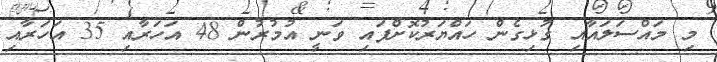
މި މައްސަލައާއި ގުޅިގެން ހައްޔަރުކޮށްފައި ވަނީ އުމުރުން 48 އަހަރާއި 35 އަހަރާއި